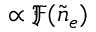
\propto \mathfrak { F } ( \tilde { n } _ { e } )